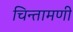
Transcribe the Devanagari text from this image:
चिन्तामणी